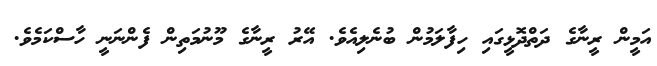
އަމީން ރީނާގެ ދަތްދޮޅީގައި ހިފާލަމުން ބުނެލިއެވެ. އޭރު ރީނާގެ މޫނުމަތިން ފެންނަނީ ހާސްކަމެވެ.